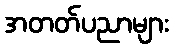
အတတ်ပညာများ